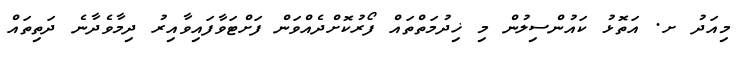
މިއަދު ށ. އަތޮޅު ކައުންސިލުން މި ޚިދުމަތްތައް ފޯރުކޮށްދެއްވަން ފަށްޓަވާފައިވާއިރު ދިމާވެދާނެ ދަތިތައް